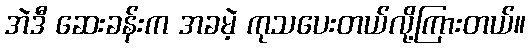
အဲဒီ ဆေးခန်းက အခမဲ့ ကုသပေးတယ်လို့ကြားတယ်။